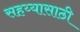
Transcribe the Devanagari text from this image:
सहय्यासाठी